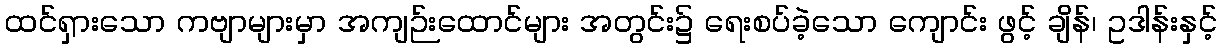
ထင်ရှားသော ကဗျာများမှာ အကျဉ်းထောင်များ အတွင်း၌ ရေးစပ်ခဲ့သော ကျောင်း ဖွင့် ချိန်၊ ဥဒါန်းနှင့်